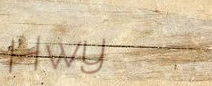
Hwy